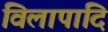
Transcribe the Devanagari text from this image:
विलापादि